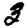
Digit: 3